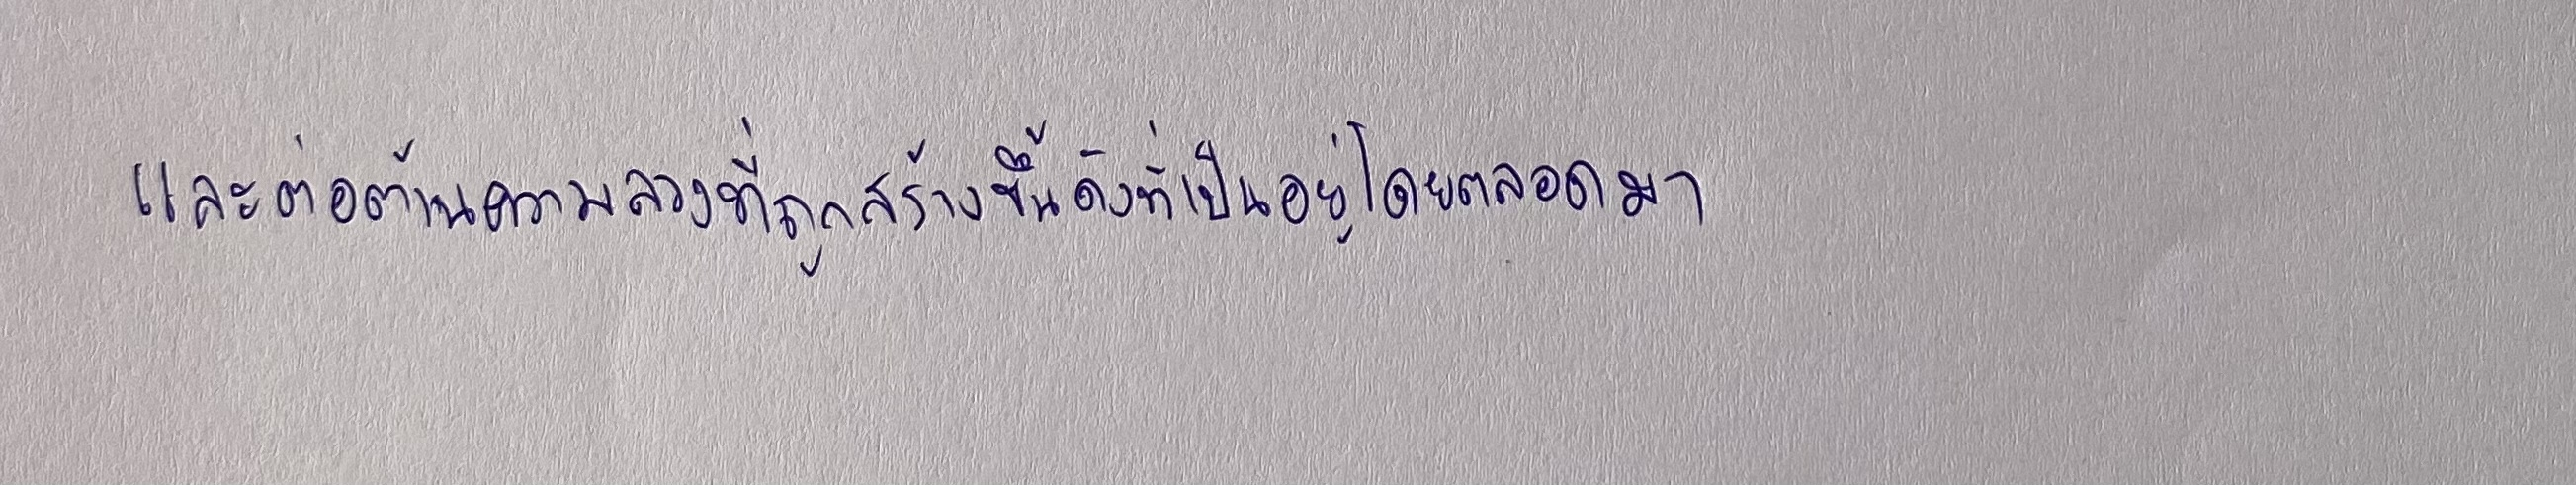
และต่อต้านความลวงที่ถูกสร้างขึ้นดังที่เป็นอยู่โดยตลอดมา